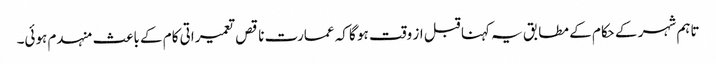
تاہم شہر کے حکام کے مطابق یہ کہنا قبل از وقت ہو گا کہ عمارت ناقص تعمیراتی کام کے باعث منہدم ہوئی۔